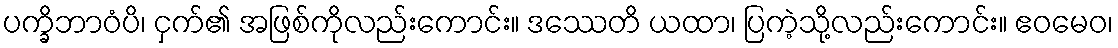
ပက္ခိဘာဝံပိ၊ ငှက်၏ အဖြစ်ကိုလည်းကောင်း။ ဒဿေတိ ယထာ၊ ပြကဲ့သို့လည်းကောင်း။ ဧဝမေဝ၊